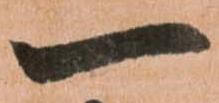
一